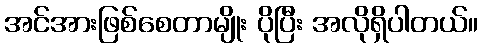
အင်အားဖြစ်စေတာမျိုး ပိုပြီး အလိုရှိပါတယ်။